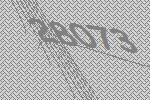
28073